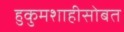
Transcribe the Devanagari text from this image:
हुकुमशाहीसोबत